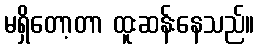
မရှိတော့တာ ထူးဆန်းနေသည်။